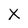
Character: X